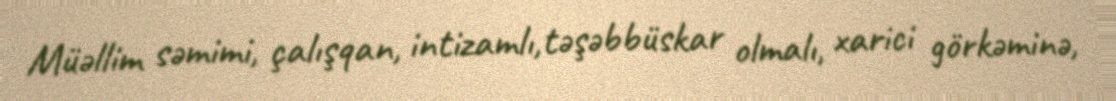
Müəllim səmimi, çalışqan, intizamlı,təşəbbüskar olmalı, xarici görkəminə,